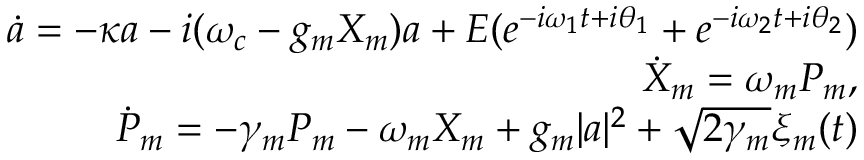
\begin{array} { r l r } & { } & { \dot { a } = - \kappa a - i ( \omega _ { c } - g _ { m } X _ { m } ) a + E ( e ^ { - i \omega _ { 1 } t + i \theta _ { 1 } } + e ^ { - i \omega _ { 2 } t + i \theta _ { 2 } } ) } \\ & { } & { \dot { X } _ { m } = \omega _ { m } P _ { m } , } \\ & { } & { \dot { P } _ { m } = - \gamma _ { m } P _ { m } - \omega _ { m } X _ { m } + g _ { m } | a | ^ { 2 } + \sqrt { 2 \gamma _ { m } } \xi _ { m } ( t ) } \end{array}